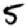
Digit: 5